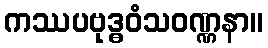
ကဿပဗုဒ္ဓဝံသဝဏ္ဏနာ။